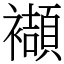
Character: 襭